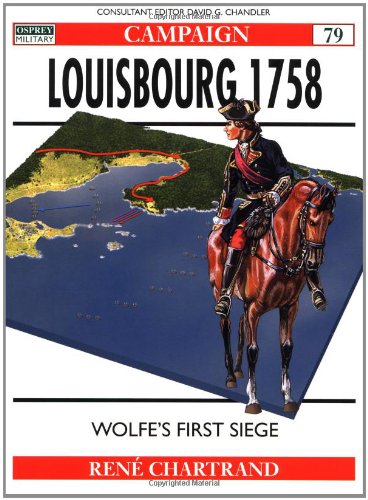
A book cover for Louisbourg 1758: Wolfe's first siege (Campaign); Rene Chartrand; History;